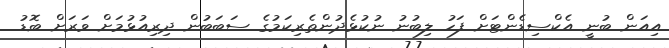
އިއަން ބުނީ އެކްސިޑެންޓަށް ފަހު ލިބުނު ނުކުޅެދުންތެރިކަމުގެ ސަބަބުން ދިރިއުޅުމަށް ވަރަށް ބޮޑު